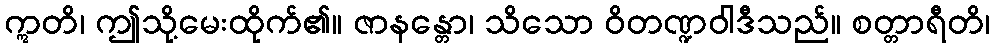
ဣတိ၊ ဤသို့မေးထိုက်၏။ ဇာနန္တော၊ သိသော ဝိတဏ္ဍဝါဒီသည်။ စတ္တာရီတိ၊